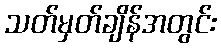
သတ်မှတ်ချိန်အတွင်း